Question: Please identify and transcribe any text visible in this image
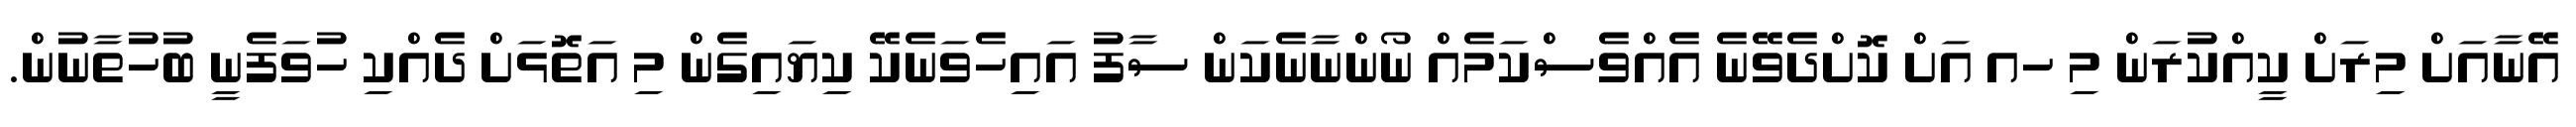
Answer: އޭނާއަށް މިރަށް ކީއްކުރަން މި ހއ އަށް ކޮށްދެވޭނެ އެއްވެސްކަމެއް ނޯންނާނެކަން ސާފު އައިހެވަނެކޭ ކިޔައިގެން މި އަތޮޅަށް ދެއްކި ހުވަފެނީ ބުހުތާނުން.